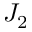
J _ { 2 }